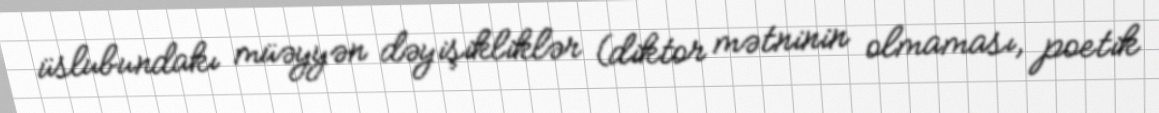
üslubundakı müəyyən dəyişikliklər (diktor mətninin olmaması, poetik